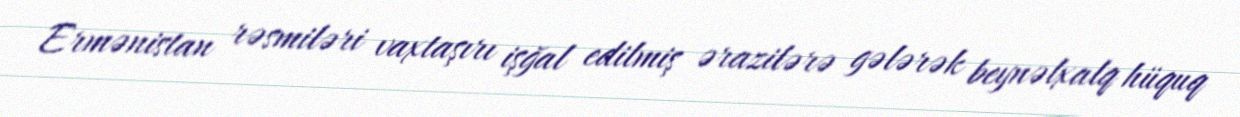
Ermənistan rəsmiləri vaxtaşırı işğal edilmiş ərazilərə gələrək beynəlxalq hüquq